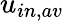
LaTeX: u_{in,av}